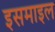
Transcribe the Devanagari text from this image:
इसमाइल